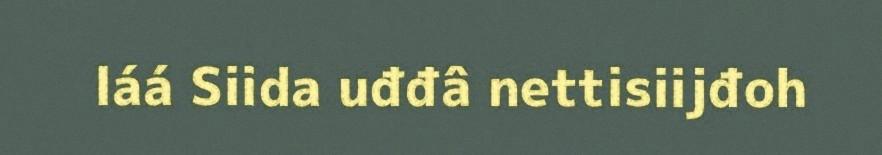
láá Siida uđđâ nettisiijđoh